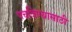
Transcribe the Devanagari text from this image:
पचविण्यासाठी